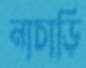
নাচাড়ি